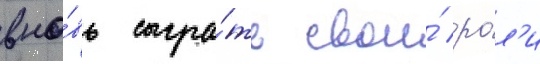
вно́вь сыгра́ть свои́ ро́л'и